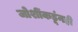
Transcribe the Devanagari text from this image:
जोशींकडूंनही